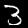
Label: 3